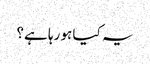
یہ کیا ہو رہا ہے؟